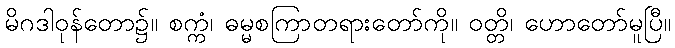
မိဂဒါဝုန်တော၌။ စက္ကံ၊ ဓမ္မစကြာတရားတော်ကို။ ဝတ္တိ၊ ဟောတော်မူပြီ။